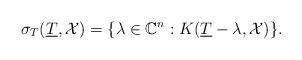
LaTeX: \begin{align*}\sigma_T({\underline T},\mathcal X) = \{ \lambda\in \mathbb{C}^n :K({\underline T}-\lambda ,\mathcal X) \}.\end{align*}